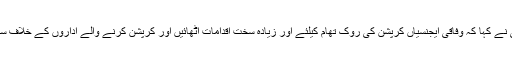
چیئر مین کمیٹی سینیٹر محمد جاوید عباسی نے کہا کہ وفاقی ایجنسیاں کرپشن کی روک تھام کیلئے اور زیادہ سخت اقدامات اٹھائیں اور کرپشن کرنے والے اداروں کے خلاف سخت سے سخت کاروائی کی جانی چاہیے ۔